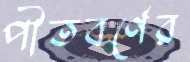
পীতবর্ণের